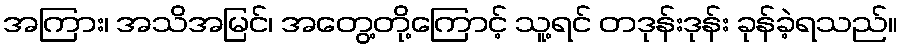
အကြား၊ အသိအမြင်၊ အတွေ့တို့ကြောင့် သူ့ရင် တဒုန်းဒုန်း ခုန်ခဲ့ရသည်။